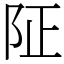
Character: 阷